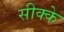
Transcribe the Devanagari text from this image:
सीक्के